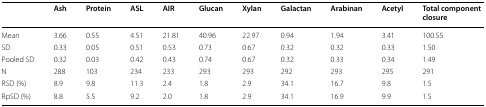
<table><thead><tr><td></td><td><b>Ash</b></td><td><b>Protein</b></td><td><b>ASL</b></td><td><b>AIR</b></td><td><b>Glucan</b></td><td><b>Xylan</b></td><td><b>Galactan</b></td><td><b>Arabinan</b></td><td><b>Acetyl</b></td><td><b>Total component closure</b></td></tr></thead><tbody><tr><td>Mean</td><td>3.66</td><td>0.55</td><td>4.51</td><td>21.81</td><td>40.96</td><td>22.97</td><td>0.94</td><td>1.94</td><td>3.41</td><td>100.55</td></tr><tr><td>SD</td><td>0.33</td><td>0.05</td><td>0.51</td><td>0.53</td><td>0.73</td><td>0.67</td><td>0.32</td><td>0.32</td><td>0.33</td><td>1.50</td></tr><tr><td>Pooled SD</td><td>0.32</td><td>0.03</td><td>0.42</td><td>0.43</td><td>0.74</td><td>0.67</td><td>0.32</td><td>0.33</td><td>0.34</td><td>1.49</td></tr><tr><td>N</td><td>288</td><td>103</td><td>234</td><td>233</td><td>293</td><td>293</td><td>292</td><td>293</td><td>295</td><td>291</td></tr><tr><td>RSD (%)</td><td>8.9</td><td>9.8</td><td>11.3</td><td>2.4</td><td>1.8</td><td>2.9</td><td>34.1</td><td>16.7</td><td>9.8</td><td>1.5</td></tr><tr><td>RpSD (%)</td><td>8.8</td><td>5.5</td><td>9.2</td><td>2.0</td><td>1.8</td><td>2.9</td><td>34.1</td><td>16.9</td><td>9.9</td><td>1.5</td></tr></tbody></table>